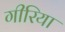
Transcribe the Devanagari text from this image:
गीरिया